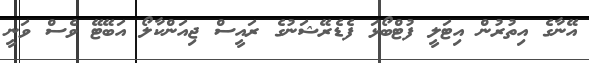
އޭނާގެ އިތުރުން އިޓަލީ ފުޓްބޯޅަ ފެޑެރޭޝަނުގެ ރައީސް ޖިއަންކާލޯ އަބޭޓޭ ވެސް ވަނީ